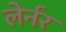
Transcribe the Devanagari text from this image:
लेर्नर